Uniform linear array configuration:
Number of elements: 64
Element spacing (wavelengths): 0.5
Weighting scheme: hann
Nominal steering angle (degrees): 30
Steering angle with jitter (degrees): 29.285
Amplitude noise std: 0.05
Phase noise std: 0.05

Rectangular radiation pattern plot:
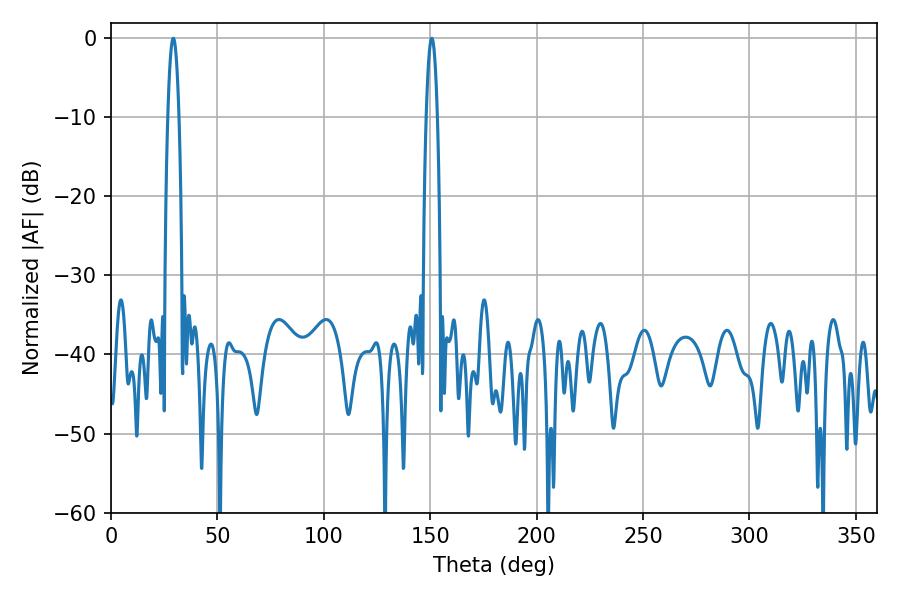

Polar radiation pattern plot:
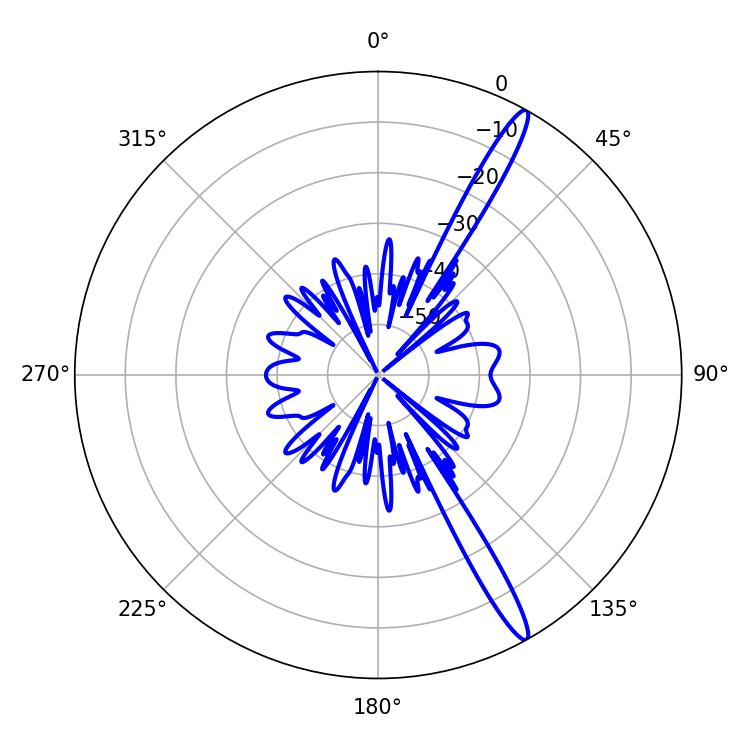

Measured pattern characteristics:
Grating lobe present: FALSE
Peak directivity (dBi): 15.695
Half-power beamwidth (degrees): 2.88
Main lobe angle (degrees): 150.66